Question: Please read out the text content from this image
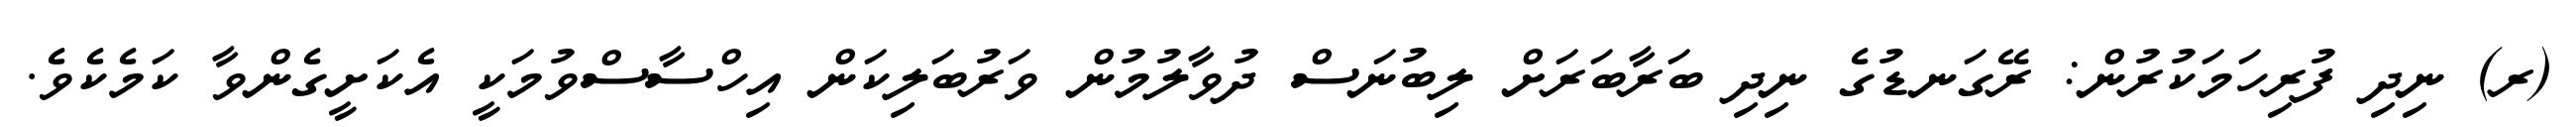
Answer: (ރ) ނިދި ފުރިހަމަކުރުން: ރޭގަނޑުގެ ނިދި ބަރާބަރަށް ލިބުނަސް ދުވާލުމުން ވަރުބަލިކަން އިހްސާސްވުމަކީ އެކަށީގެންވާ ކަމެކެވެ.